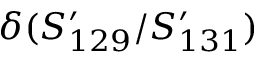
\delta ( S _ { 1 2 9 } ^ { \prime } / S _ { 1 3 1 } ^ { \prime } )